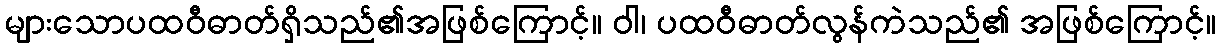
များသောပထဝီဓာတ်ရှိသည်၏အဖြစ်ကြောင့်။ ဝါ၊ ပထဝီဓာတ်လွန်ကဲသည်၏ အဖြစ်ကြောင့်။